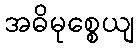
အဓိမုစ္စေယျ